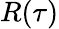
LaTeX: R(\tau)